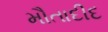
મૌતાદીદ